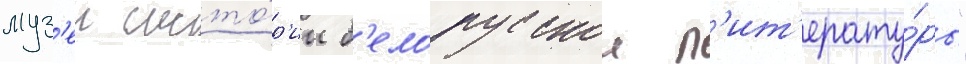
муз'еи исто́р'ии б'елорусскои л'ит'ерату́ры"